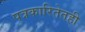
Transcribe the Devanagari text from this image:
पत्रकारितेतही